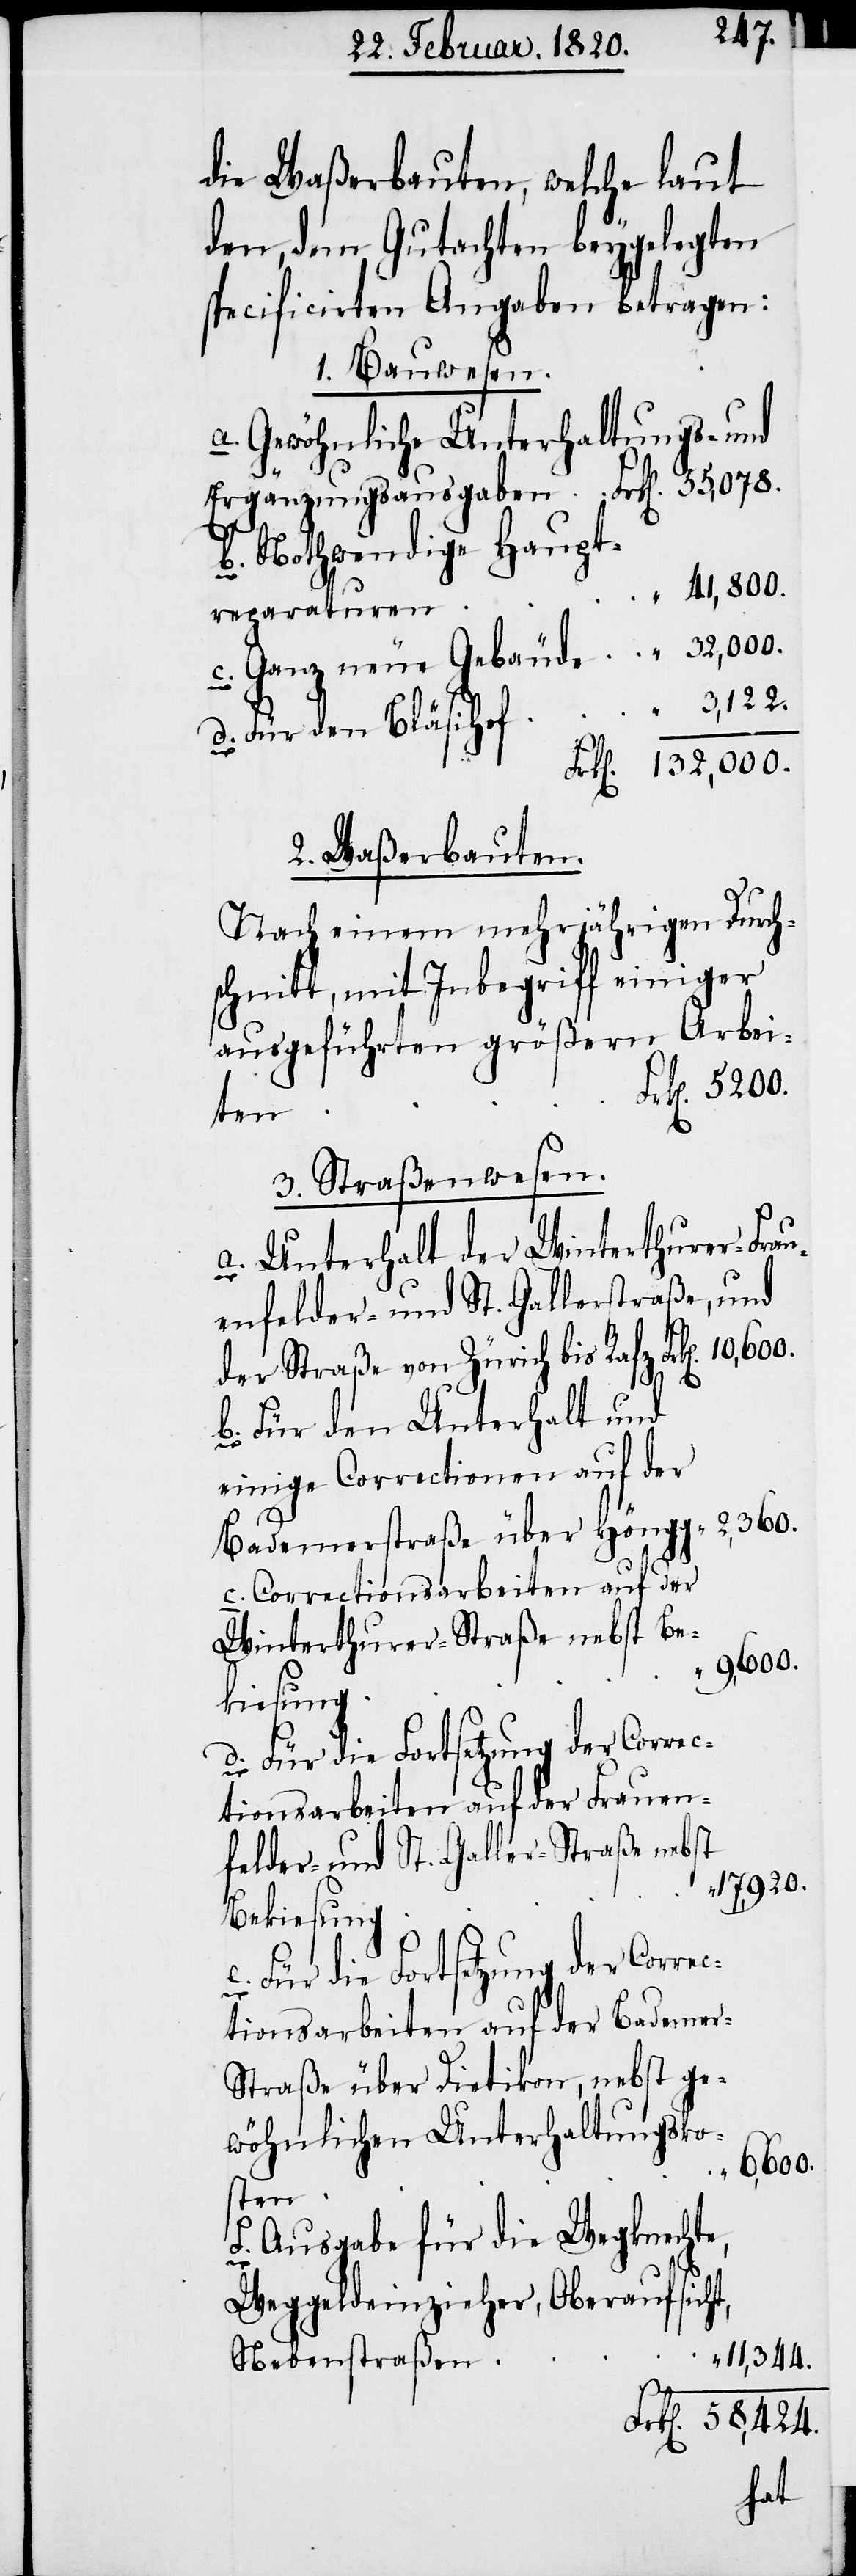
die Waßerbauten, welche laut
den, dem Gutachten beygelegten
specificirten Angaben betragen:
1. Bauwesen.
Gewöhnliche Unterhaltungs- und
Nothwendige Haupt¬
„ 2,360.
reparaturen
d.
2. Waßerbauten.
Nach einem mehrjährigen Durch¬
schnitt, mit Inbegriff einiger
ausgeführten größern Arbei¬
F.
ten
3. Straßenwesen.
Unterhalt der Winterthurer- Frau¬
enfelder- und St. Gallerstraße, und
der Straße von Zürich bis Rafz
Für den Unterhalt und
einige Correctionen auf der
Bademerstraße über Höngg
Correctionsarbeiten auf der
Winterthurer-Straße nebst Be¬
„ 9,600.
kiesung
Für die Fortsetzung der Correc¬
ctionsarbeiten auf der Frauen¬
felder- und St. Galler-Straße nebst
„ 17,920.
Bekiesung
tionsarbeiten auf der Bademer-S¬
traße über Dietikon, nebst ge¬
wöhnlichen Unterhaltungsko¬
„ 6,600.
sten
Ausgabe für die Wegknechte,
Weggeldeinzieher, Oberaufsicht,
„
11,344.
Nebenstraßen